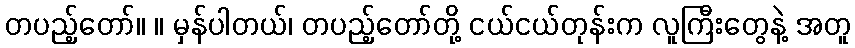
တပည့်တော်။ ။ မှန်ပါတယ်၊ တပည့်တော်တို့ ငယ်ငယ်တုန်းက လူကြီးတွေနဲ့ အတူ